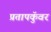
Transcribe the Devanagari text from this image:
प्रतापकुॅवर